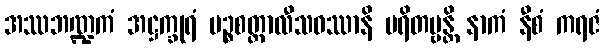
အဿဘဏ္ဍကံ အဋ္ဌက္ခုရံ ပဉ္စစတ္တာလီသဝဿာနိ မရိတဗ္ဗန္တိ နာကံ နီစံ ကရဇံ